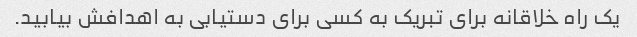
یک راه خلاقانه برای تبریک به کسی برای دستیابی به اهدافش بیابید.